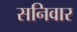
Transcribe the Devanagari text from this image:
सनिवार